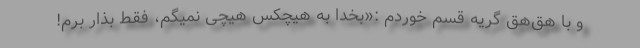
و با هق‌هق گریه قسم خوردم :«بخدا به هیچکس هیچی نمیگم، فقط بذار برم!